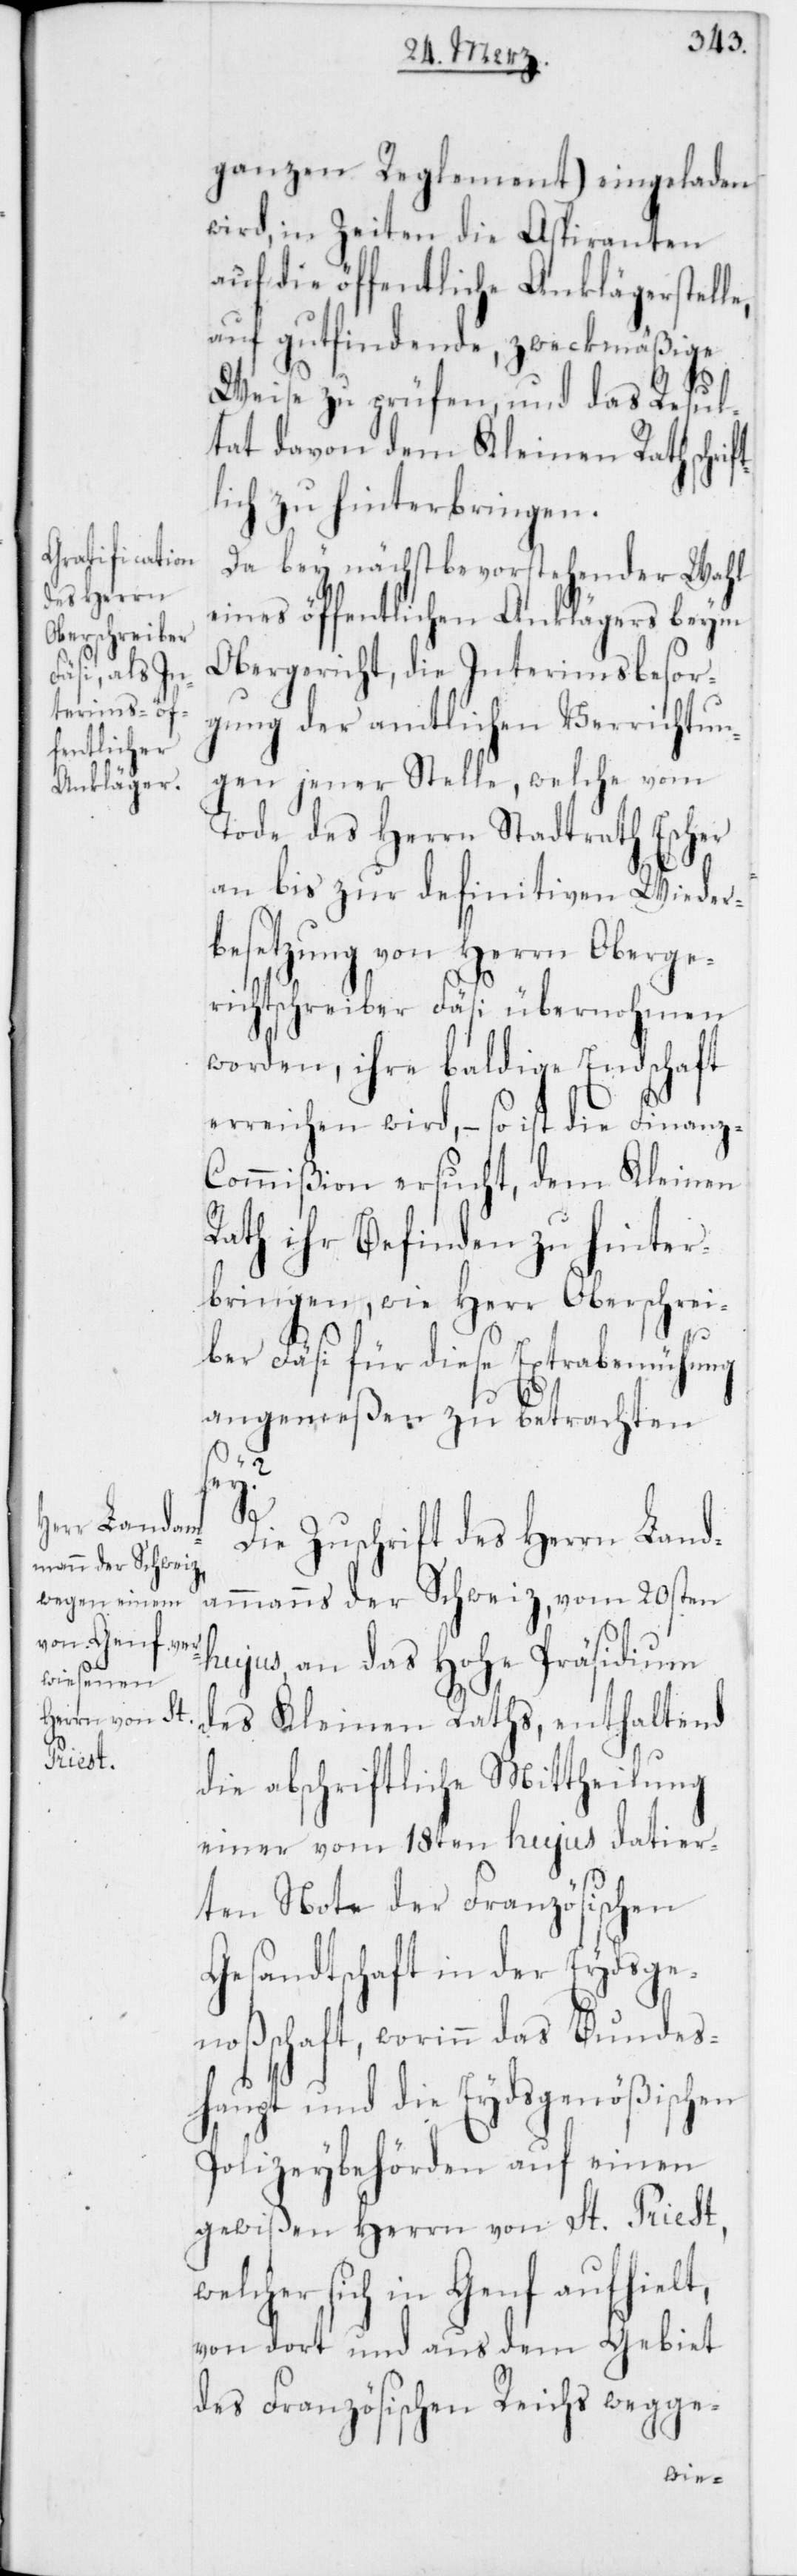
ganzen Reglement) eingeladen
wird, in Zeiten die Aspiranten
auf die öffentliche Anklägerstell¬
auf gutfindende zweckmäßige
Weise zu prüfen, und das Resul¬
tat davon dem Kleinen Rath schrif¬
lich zu hinterbringen.
Da bey nächstbevorstehender Wahl
eines öffentlichen Anklägers beym
Obergericht, die Interimsbesor¬
gung der amtlichen Verrichtun¬
gen jener Stelle, welche vom
Tode des Herrn Stadtrath Escher
an bis zur definitiven Wieder¬
besetzung von Herrn Oberge¬
richtschreiber Fäsi übernohmen
worden, ihre baldige Endschaft
erreichen wird, – so ist die Finanz-C¬
ommißion ersucht, dem Kleinen
Rath ihr Befinden zu hinter¬
bringen, wie Herr Oberschrei¬
ber Fäsi für diese Extrabemühung
angemeßen zu betrachten
e,
t¬
Die Zuschrift des Herrn Land¬
ammanns der Schweiz, vom 20sten
hujus an das Hohe Präsidium
des Kleinen Raths, enthaltend
die abschriftliche Mittheilung
einer vom 18ten hujus datier¬
ten Note der Französischen
Gesandtschaft in der Eydsge¬
noßschaft, worinn das Bundes¬
haupt und die Eydsgenößischen
Polizeybehörden auf einen
gewißen Herrn von St. Priest,
welcher sich in Genf aufhielt,
von dort und aus dem Gebiet
des Französischen Reichs wegge-